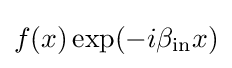
f(x)\exp(-i\beta _{\text{in}}x)